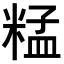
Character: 𥺬